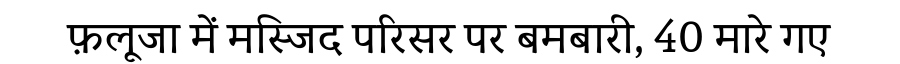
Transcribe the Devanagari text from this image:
फ़लूजा में मस्जिद परिसर पर बमबारी, 40 मारे गए